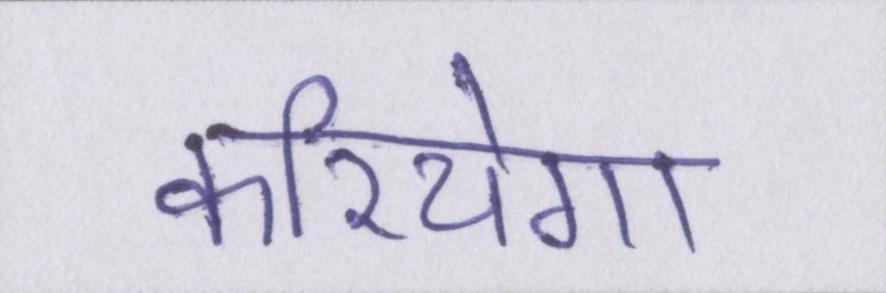
करियेगा